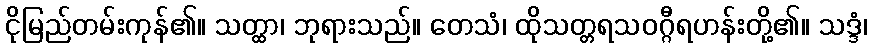
ငိုမြည်တမ်းကုန်၏။ သတ္ထာ၊ ဘုရားသည်။ တေသံ၊ ထိုသတ္တရသဝဂ္ဂီရဟန်းတို့၏။ သဒ္ဒံ၊